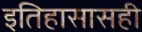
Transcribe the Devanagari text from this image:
इतिहासासही